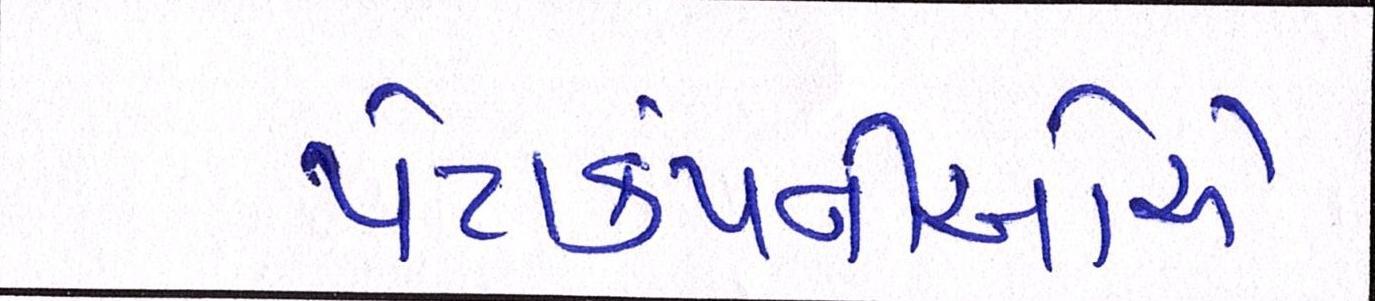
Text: પેટાકંપનીઓએ